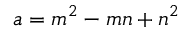
a = m ^ { 2 } - m n + n ^ { 2 }